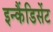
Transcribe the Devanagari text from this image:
इन्कैंडिसेंट